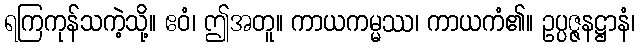
ရကြကုန်သကဲ့သို့။ ဧဝံ၊ ဤအတူ။ ကာယကမ္မဿ၊ ကာယကံ၏။ ဥပ္ပဇ္ဇနဋ္ဌာနံ၊